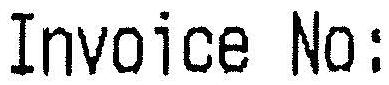
INVOICE NO: